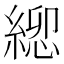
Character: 𮈯